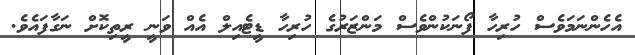
އެހެންނަމަވެސް ހުރިހާ ފޯނަކުންވެސް މަންޒަރުގެ ހުރިހާ ޑީޓެއިލް އެއް ވަނީ ރީތިކޮށް ނަގާފައެވެ.